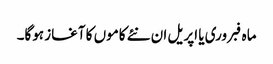
ماہ فبروری یا اپریل ان نئے کاموں کا آغاز ہوگا۔